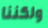
ولكننا